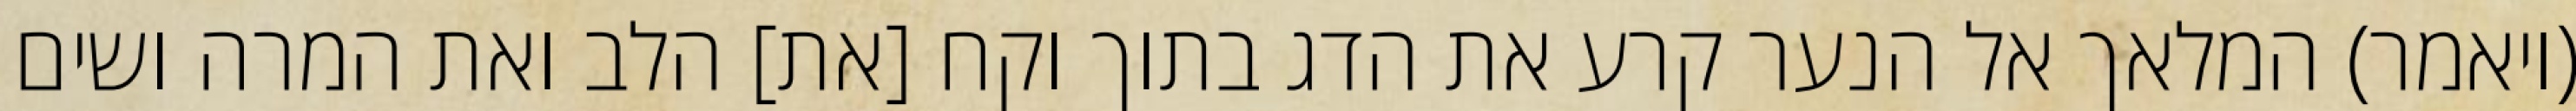
(ויאמר) המלאך אל הנער קרע את הדג בתוך וקח [את] הלב ואת המרה ושים